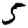
Digit: 5